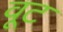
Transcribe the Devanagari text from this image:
वूट